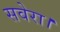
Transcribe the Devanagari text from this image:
सवेरा।